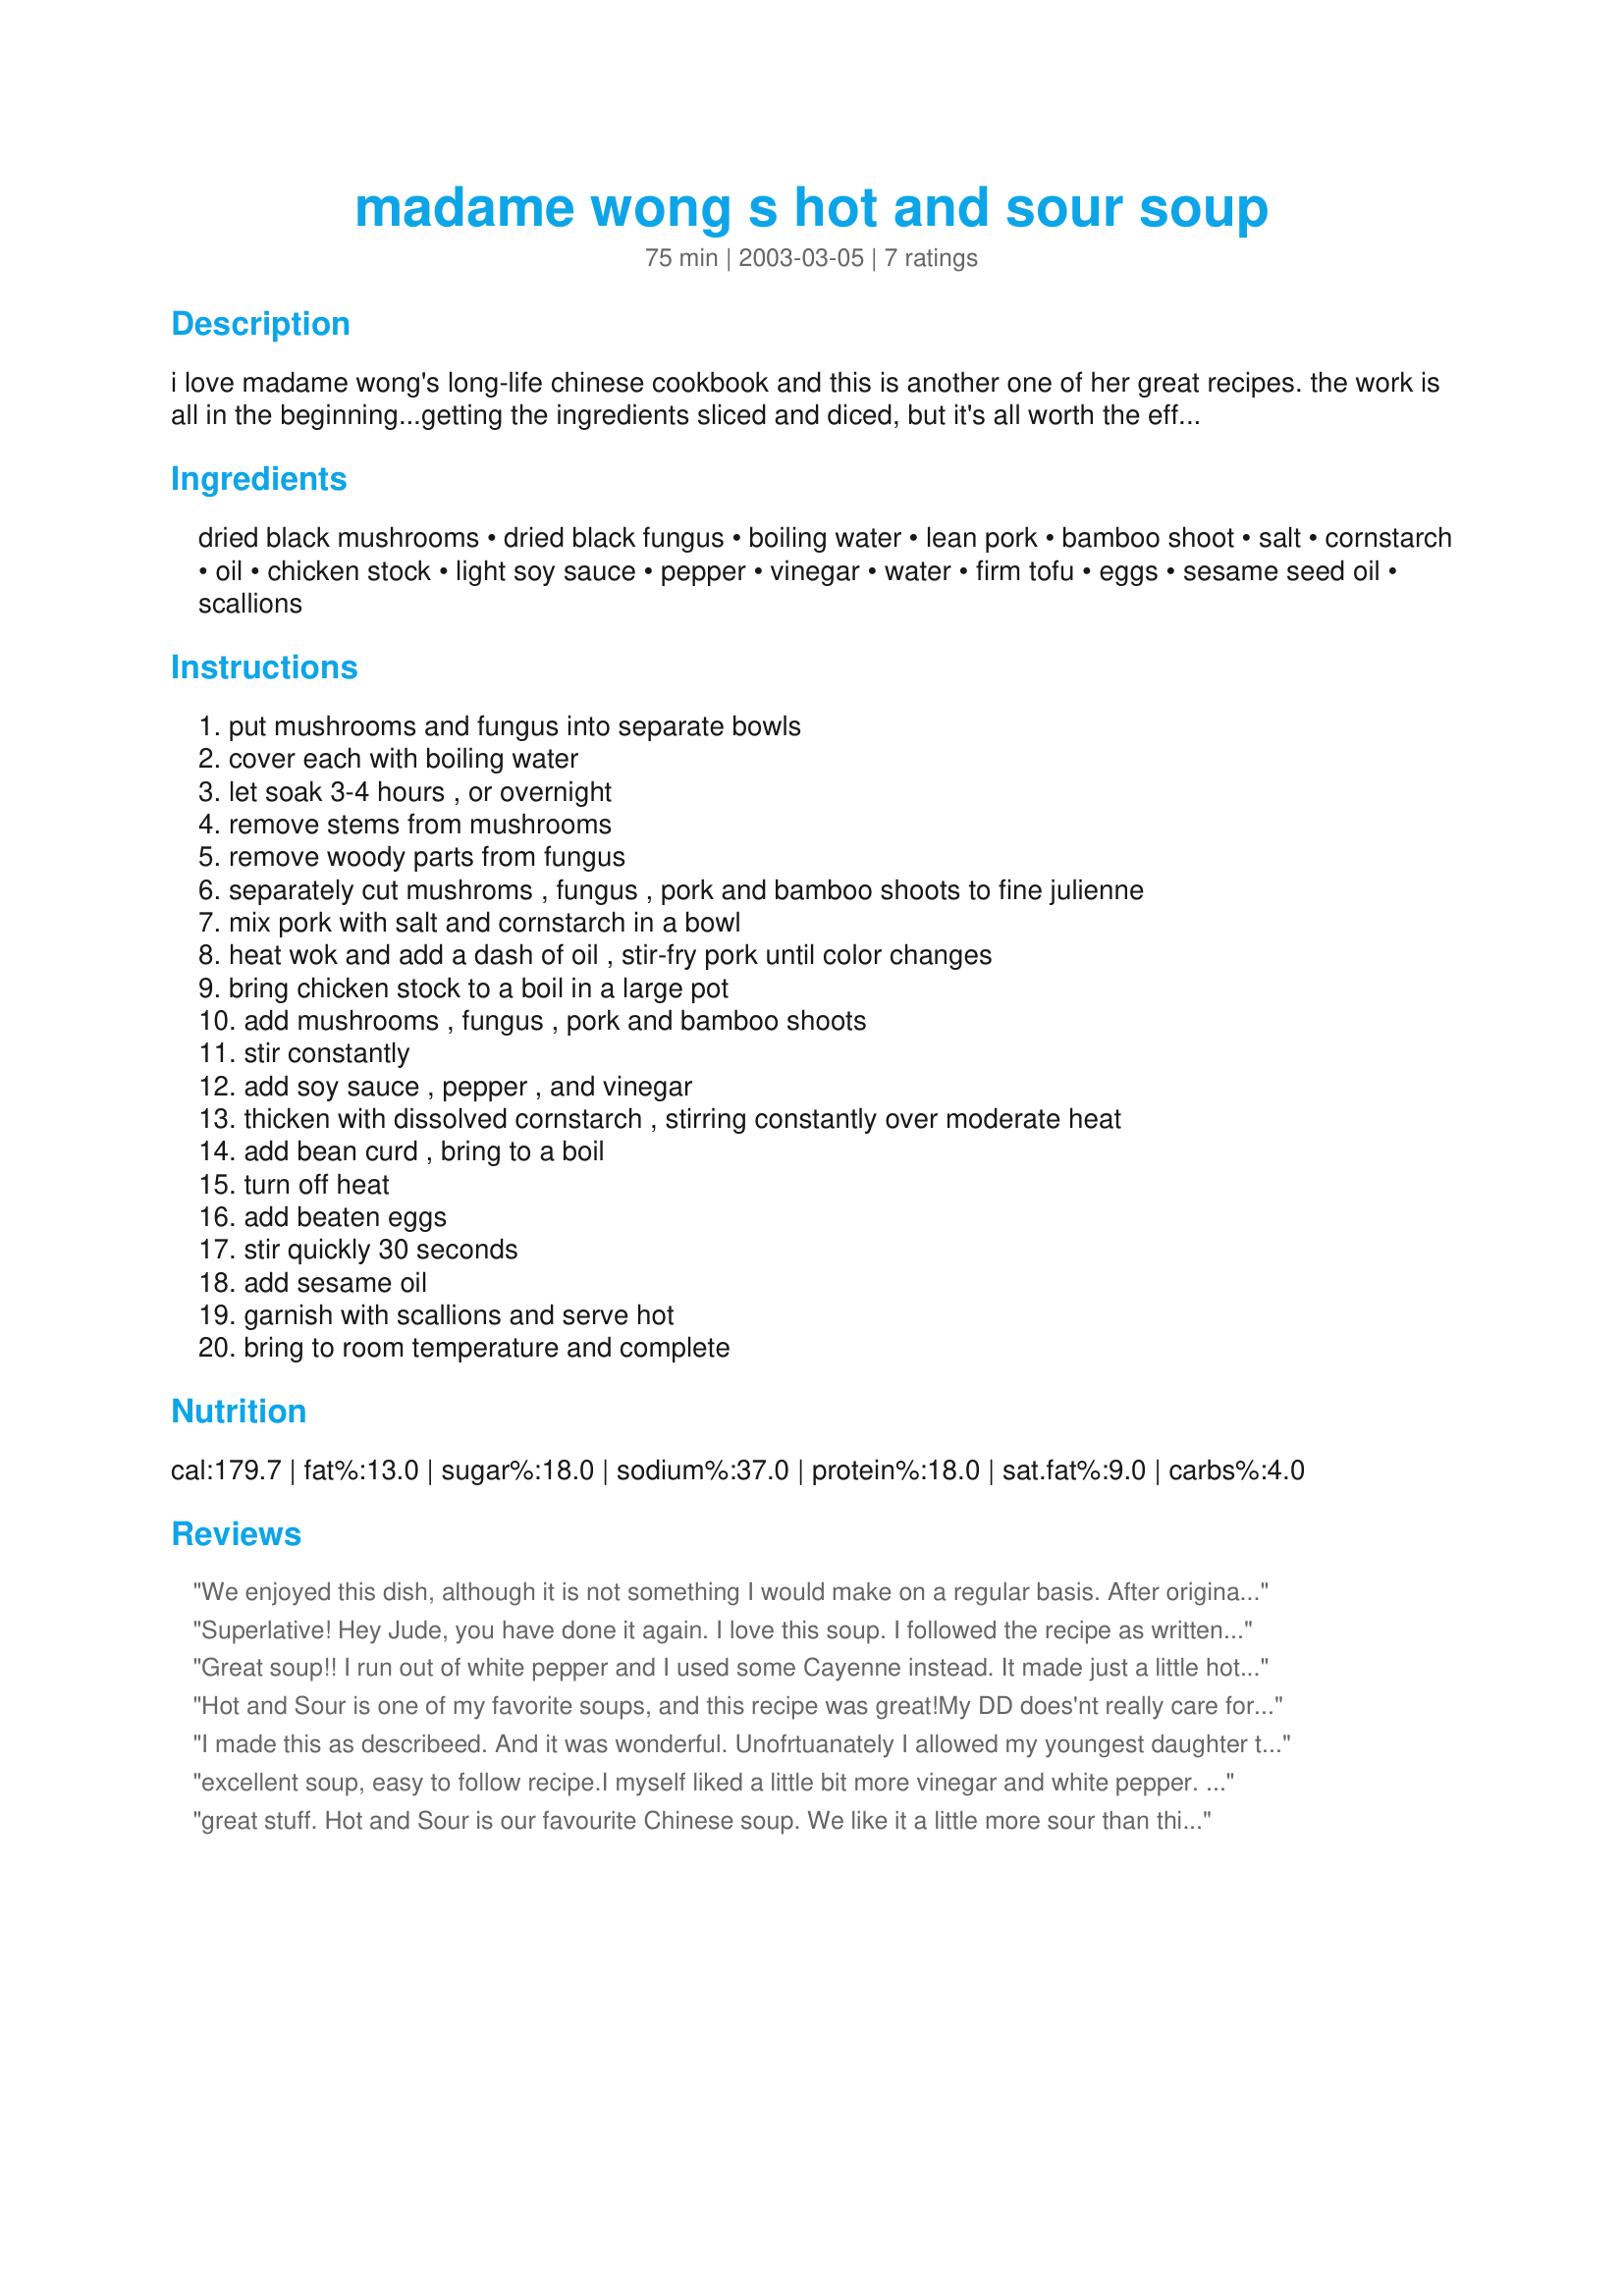
madame wong s hot and sour soup
Preparation time: 75 minutes

i love madame wong's long-life chinese cookbook and this is another one of her great recipes. the work is all in the beginning...getting the ingredients sliced and diced, but it's all worth the effort. i think you'll like this soup. serve it on a cold, winter night, early or late, your family will love you.

Ingredients:
dried black mushrooms, dried black fungus, boiling water, lean pork, bamboo shoot, salt, cornstarch, oil, chicken stock, light soy sauce, pepper, vinegar, water, firm tofu, eggs, sesame seed oil, scallions

Steps:
put mushrooms and fungus into separate bowls, cover each with boiling water, let soak 3-4 hours , or overnight, remove stems from mushrooms, remove woody parts from fungus, separately cut mushroms , fungus , pork and bamboo shoots to fine julienne, mix pork with salt and cornstarch in a bowl, heat wok and add a dash of oil , stir-fry pork until color changes, bring chicken stock to a boil in a large pot, add mushrooms , fungus , pork and bamboo shoots, stir constantly, add soy sauce , pepper , and vinegar, thicken with dissolved cornstarch , stirring constantly over moderate heat, add bean curd , bring to a boil, turn off heat, add beaten eggs, stir quickly 30 seconds, add sesame oil, garnish with scallions and serve hot, bring to room temperature and complete

Reviews:
We enjoyed this dish, although it is not something I would make on a regular basis. After original tasting we added more white pepper and more vinegar to our tastes. Would make again
Superlative! Hey Jude, you have done it again. I love this soup. I followed the recipe as written, but since I was using homemade double-strength chicken stock, I added the cup of shiitake soaking water for extra flavor. I wasn't sure what kind of vinegar to use, so tried some locally made Philippine vinegar I brought back from a vacation, with very pleasing results. Thank you very much for posting this recipe.
Great soup!!
I run out of white pepper and I used some Cayenne instead. It made just a little hotter. My DD and I loved it. Thank you Hey Jude.
Hot and Sour is one of my favorite soups, and this recipe was great!My DD does'nt really care for Hot and Sour, and she liked this.Followed it exactly, except for adding a tad more rice wine vinegar, and some dried red pepper flakes. Thanks for sharing a great recipe.
I made this as describeed. And it was wonderful.

Unofrtuanately I allowed my youngest daughter to express an opinonn on my effors [adopted at 7 from Nothern China] and clearly it was not spicy enough for her. A tablespoon of chili-garlic sauce solved that problem. She has already reserved her portion for breakfast and lunch.

Thank you so much. This is the first time I have been able to create a H&S Soup that met her approval.

Too_Tired
excellent soup, easy to follow recipe.I myself liked a little bit more vinegar and white pepper. For a twist try addind a tablespoon of hot chili paste reall kicks it up a notch and adds a good flavor
great stuff. Hot and Sour is our favourite Chinese soup. We like it a little more sour than this recipe and I made up the difference with lemon juice rather than vinegar.
